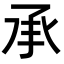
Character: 承